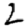
Digit: 2